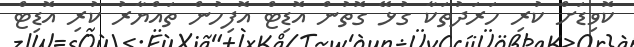
ކޮވިޑަށް ކުރި ހަރަދުތަކާ ގުޅޭ ގޮތުން އޮޑިޓް އޮފިހުން ތައްޔާރު ކުރި އޮޑިޓް